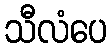
သီလံပေ